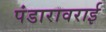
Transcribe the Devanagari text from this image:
पंडारावराई